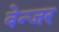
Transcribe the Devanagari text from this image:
वेन्जर